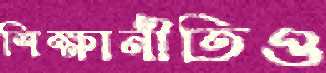
শিক্ষানীতিও